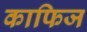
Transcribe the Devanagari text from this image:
काफिज